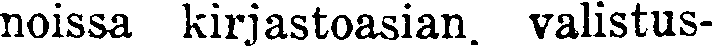
noissa kirjastoasian valistus-